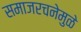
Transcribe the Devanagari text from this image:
समाजरचनेमुळे